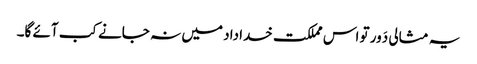
یہ مثالی دَور تو اس مملکت خداداد میں نہ جانے کب آئے گا۔